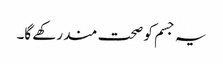
یہ جسم کو صحت مند رکھے گا۔